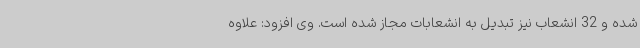
شده و 32 انشعاب نیز تبدیل به انشعابات مجاز شده است. وی افزود: علاوه